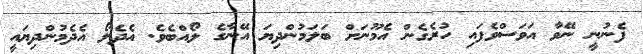
ފެނުނީ ނޭވާ އަވަސްވެފައި ހުރެގެން އެމޫނަށް ބަލަމުންދިޔަ އޭނާގެ ލޯއްބެވެ. އެދެލޯ އެދެމުންދިޔައީ